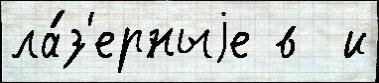
ла́з'ерныjе в  и